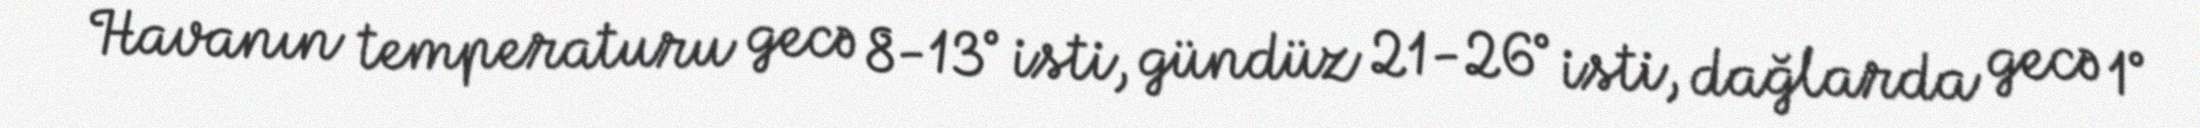
Havanın temperaturu gecə 8-13° isti, gündüz 21-26° isti, dağlarda gecə 1°